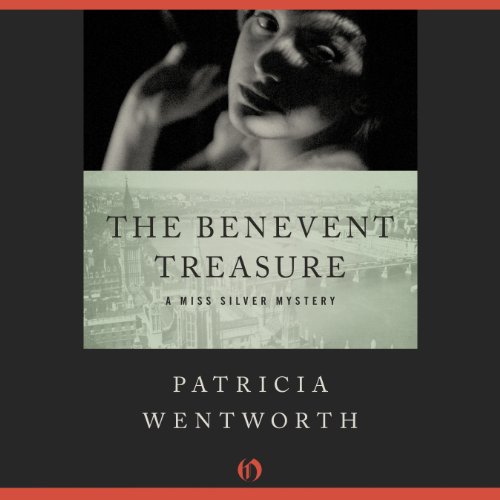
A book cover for The Benevent Treasure; Patricia Wentworth; Romance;